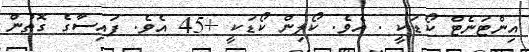
އިންޓަނެޓް ކޯޑަކީ . އެވެ. ކޯލިން ކޯޑަކީ +45 އެވެ. ފައިސާގެ ގޮތުން